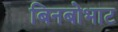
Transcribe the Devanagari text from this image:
बिनबोभाट